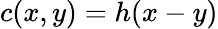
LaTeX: c(x,y)=h(x-y)